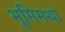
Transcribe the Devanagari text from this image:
भूमिमथो